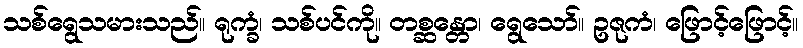
သစ်ရွေသမားသည်။ ရုက္ခံ၊ သစ်ပင်ကို။ တစ္ဆန္တော၊ ရွေသော်။ ဥဇုကံ၊ ဖြောင့်ဖြောင့်။